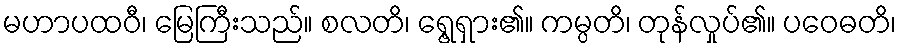
မဟာပထဝီ၊ မြေကြီးသည်။ စလတိ၊ ရွေ့ရှား၏။ ကမ္ပတိ၊ တုန်လှုပ်၏။ ပဝေဓတိ၊